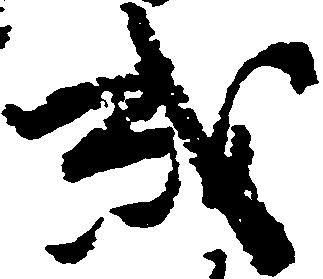
或